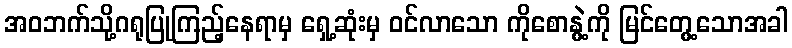
အဝဘက်သို့ဂရုပြုကြည့်နေရာမှ ရှေ့ဆုံးမှ ဝင်လာသော ကိုစောနွဲ့ကို မြင်တွေ့သောအခါ